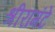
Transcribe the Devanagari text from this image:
श्रीरामंटे